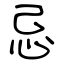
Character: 忌